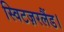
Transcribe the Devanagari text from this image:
स्विटज़रलैंड।